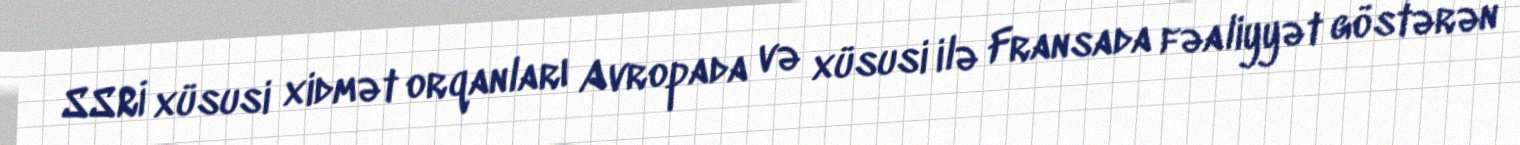
SSRİ xüsusi xidmət orqanları Avropada və xüsusi ilə Fransada fəaliyyət göstərən